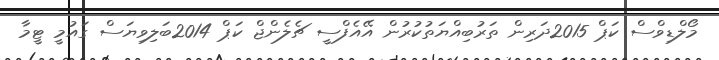
މޯލްޑިވްސް ކަޕް 2015ދަރިން ތަރުބިއްޔަތުކުރުން އޭއެފްސީ ޗެލެންޖް ކަޕް 2014ބަލިވިޔަސް ގައުމީ ޓީމާ